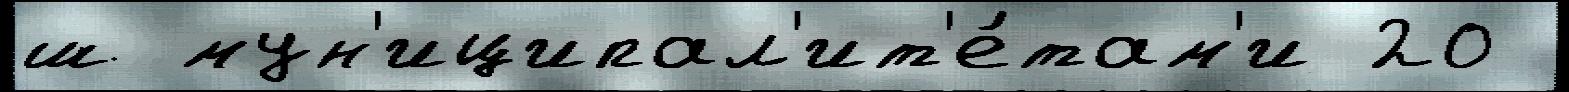
ш мун'иципал'ит'е́там'и 20